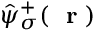
\hat { \psi } _ { \sigma } ^ { + } ( \mathrm { ~ \bf ~ r ~ } )